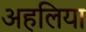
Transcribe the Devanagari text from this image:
अहलिया